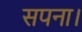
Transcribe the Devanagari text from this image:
सपना।